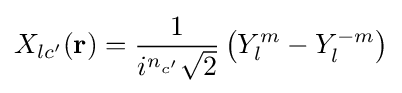
X_{lc'}(\mathbf {r} )={\frac {1}{i^{n_{c'}}{\sqrt {2}}}}\left(Y_{l}^{m}-Y_{l}^{-m}\right)